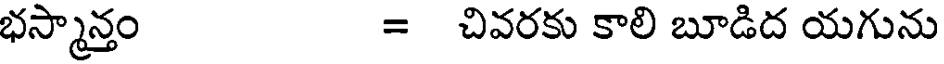
భస్మాన్తం = చివరకు కాలి బూడిద యగును